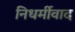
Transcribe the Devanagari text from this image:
निधर्मीवाद